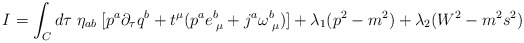
\begin{align*}I=\int_{C}d\tau \; \eta_{ab}\;[p^{a}\partial_{\tau}q^{b}+t^{\mu}(p^{a}e^{b}_{ \;\mu}+j^{a}\omega^{b}_{\;\mu})]+\lambda_{1}(p^{2}-m^{2})+\lambda_{2}(W^{2}-m^{2}s^{2})\end{align*}